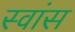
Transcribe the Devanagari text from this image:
स्वांस